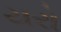
યરો